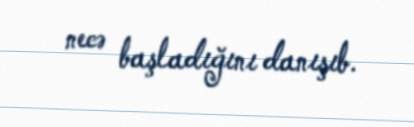
necə başladığını danışıb.